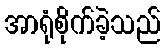
အာရုံစိုက်ခဲ့သည်